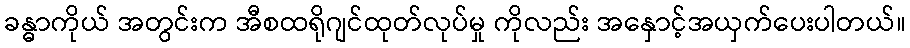
ခန္ဓာကိုယ် အတွင်းက အီစထရိုဂျင်ထုတ်လုပ်မှု ကိုလည်း အနှောင့်အယှက်ပေးပါတယ်။